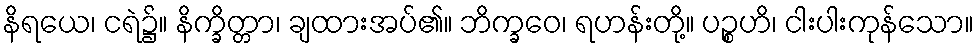
နိရယေ၊ ငရဲ၌။ နိက္ခိတ္တာ၊ ချထားအပ်၏။ ဘိက္ခဝေ၊ ရဟန်းတို့။ ပဉ္စဟိ၊ ငါးပါးကုန်သော။